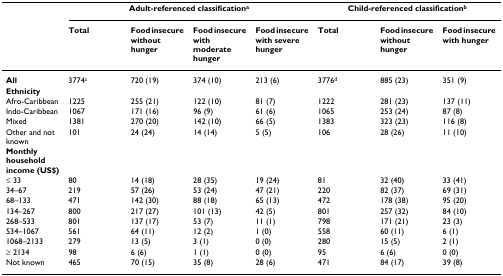
|  | <COLSPAN=4> Adult-referenced classificationa | <COLSPAN=3> Child-referenced classificationb |
 |  | Total | Food insecure without hunger | Food insecure with moderate hunger | Food insecure with severe hunger | Total | Food insecure without hunger | Food insecure with hunger |
 | --- | --- | --- | --- | --- | --- | --- | --- |
 | All | 3774c | 720 (19) | 374 (10) | 213 (6) | 3776d | 885 (23) | 351 (9) |
 | Ethnicity |  |  |  |  |  |  |  |
 | Afro-Caribbean | 1225 | 255 (21) | 122 (10) | 81 (7) | 1222 | 281 (23) | 137 (11) |
 | Indo-Caribbean | 1067 | 171 (16) | 96 (9) | 61 (6) | 1065 | 253 (24) | 87 (8) |
 | Mixed | 1381 | 270 (20) | 142 (10) | 66 (5) | 1383 | 323 (23) | 116 (8) |
 | Other and not known | 101 | 24 (24) | 14 (14) | 5 (5) | 106 | 28 (26) | 11 (10) |
 | Monthly household income (US$) |  |  |  |  |  |  |  |
 | ≤ 33 | 80 | 14 (18) | 28 (35) | 19 (24) | 81 | 32 (40) | 33 (41) |
 | 34–67 | 219 | 57 (26) | 53 (24) | 47 (21) | 220 | 82 (37) | 69 (31) |
 | 68–133 | 471 | 142 (30) | 88 (18) | 65 (13) | 472 | 178 (38) | 95 (20) |
 | 134–267 | 800 | 217 (27) | 101 (13) | 42 (5) | 801 | 257 (32) | 84 (10) |
 | 268–533 | 801 | 137 (17) | 53 (7) | 11 (1) | 798 | 171 (21) | 23 (3) |
 | 534–1067 | 561 | 64 (11) | 12 (2) | 1 (0) | 558 | 60 (11) | 6 (1) |
 | 1068–2133 | 279 | 13 (5) | 3 (1) | 0 (0) | 280 | 15 (5) | 2 (1) |
 | ≥ 2134 | 98 | 6 (6) | 1 (1) | 0 (0) | 95 | 6 (6) | 0 (0) |
 | Not known | 465 | 70 (15) | 35 (8) | 28 (6) | 471 | 84 (17) | 39 (8) |